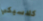
كلاسيكي